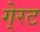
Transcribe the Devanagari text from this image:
गे्रट